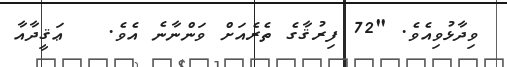
ވިދާޅުވިއެވެ. "72 ފިރުޤާގެ ތެރެއަށް ވަންނާނެ އެވެ.   ޢަޤީދާއާ